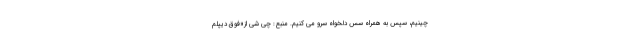
چینیم، سپس به همراه سس دلخواه سرو می کنیم. منبع: چی شی از«فوق دیپلم